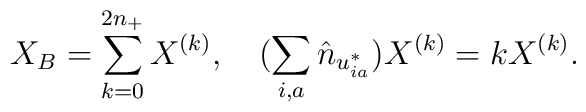
X_B=\sum_{k=0}^{2n_+}X^{(k)},\quad(\sum_{i,a}\hat{n}_{u^*_{ia}})X^{(k)}=kX^{(k)}.